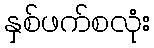
နှစ်ဖက်စလုံး